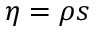
\eta = \rho s